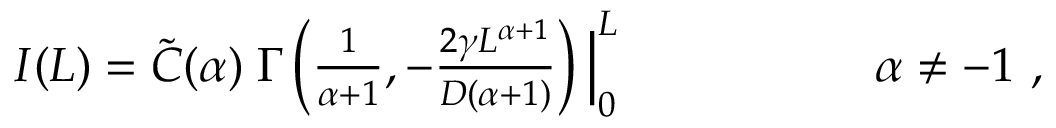
\begin{array} { r l } { I ( L ) = \widetilde { C } ( \alpha ) \; \Gamma \left( \frac { 1 } { \alpha + 1 } , - \frac { 2 \gamma L ^ { \alpha + 1 } } { D ( \alpha + 1 ) } \right) \Big | _ { 0 } ^ { L } \qquad \qquad } & { { } \ \alpha \neq - 1 \ , } \end{array}